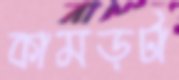
কামড়টা